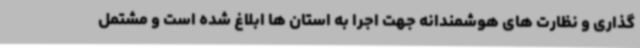
گذاری و نظارت های هوشمندانه جهت اجرا به استان ها ابلاغ شده است و مشتمل